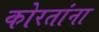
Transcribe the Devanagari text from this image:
कोरतांना